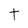
Character: t